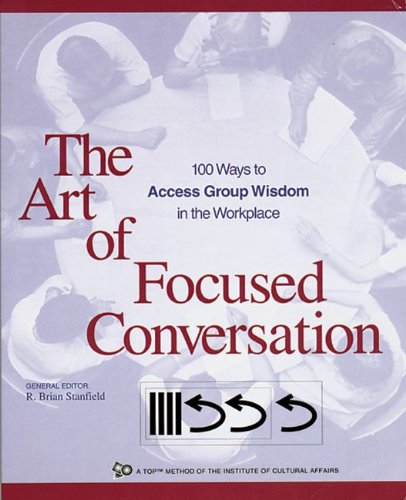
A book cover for The Art of Focused Conversation: 100 Ways to Access Group Wisdom in the Workplace (ICA series); Business & Money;